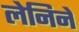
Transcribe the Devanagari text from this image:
लेनिने